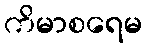
ကိမာစရေမ